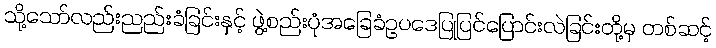
သို့သော်လည်းညည်းခံခြင်းနှင့် ဖွဲ့စည်းပုံအခြေခံဥပဒေပြုပြင်ပြောင်းလဲခြင်းတို့မှ တစ်ဆင့်